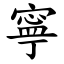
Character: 寧